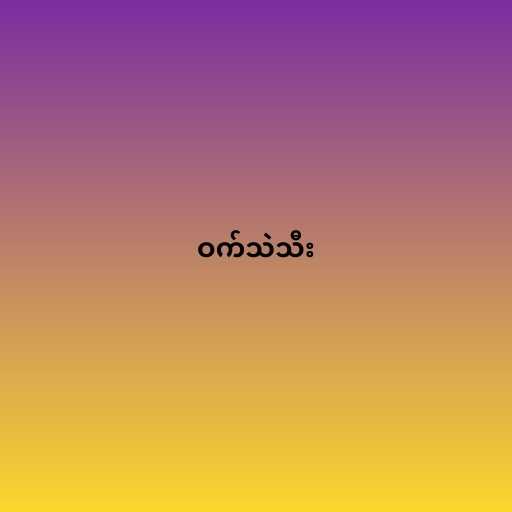
ဝက်သဲသီး